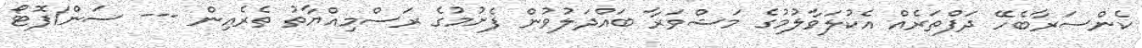
ކެންސަރާބެހޭ ދަފްތަރެއް އެކުލަވާލުމުގެ މަޝްވަރާ ބައްދަލުވުން ފެށުމުގެ ރަސްމިއްޔާތު ތެރެއިން --- ސަން/ފޮޓޯ